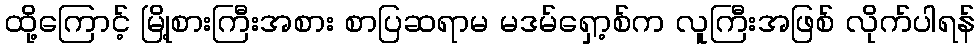
ထို့ကြောင့် မြို့စားကြီးအစား စာပြဆရာမ မဒမ်ရှော့စ်က လူကြီးအဖြစ် လိုက်ပါရန်